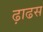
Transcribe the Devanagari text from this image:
ढ़ाढस